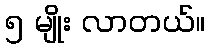
၅ မျိုး လာတယ်။